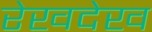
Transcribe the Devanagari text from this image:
रेखदेख